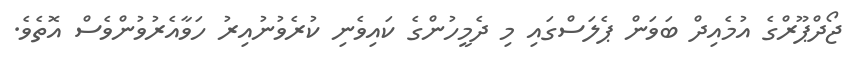
ޖޯދްޕޫރްގެ އުމެއިދް ބަވަން ޕެލަސްގައި މި ދެމީހުންގެ ކައިވެނި ކުރެވުނުއިރު ހަވާއެރުވުންވެސް އޮތެވެ.